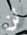
لن